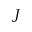
J